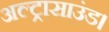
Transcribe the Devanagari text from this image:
अल्ट्रासाउंड।